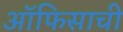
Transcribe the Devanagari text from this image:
ऑफिसाची